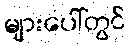
များပေါ်တွင်